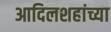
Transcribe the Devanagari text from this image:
आदिलशहांच्या